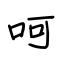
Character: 呵